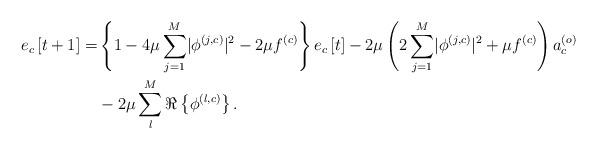
LaTeX: \begin{align*} e_c\left[t+1\right]=&\left\{1-4\mu\sum_{j=1}^{M}\lvert\phi^{\left(j,c\right)}\rvert^2-2\mu f^{\left(c\right)}\vphantom{\sum_{j=1}^{M}}\right\}e_c\left[t\right]-2\mu\left(2\sum_{j=1}^{M}\lvert\phi^{\left(j,c\right)}\rvert^2+\mu f^{\left(c\right)}\right)a_c^{\left(o\right)}\\ &-2\mu\sum_{l}^{M}\Re\left\{\phi^{\left(l,c\right)}\right\}.\end{align*}